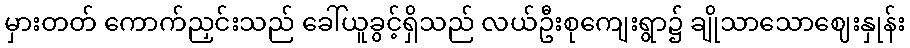
မှားတတ် ကောက်ညှင်းသည် ခေါ်ယူခွင့်ရှိသည် လယ်ဦးစုကျေးရွာ၌ ချိုသာသောဈေးနှုန်း